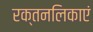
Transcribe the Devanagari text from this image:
रक्तनलिकाएं